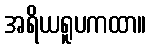
အရိယရူပကထာ။